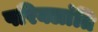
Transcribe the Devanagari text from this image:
परिक्लांति